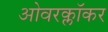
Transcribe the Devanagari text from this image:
ओवरक्लॉकर